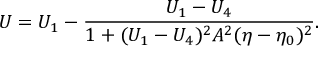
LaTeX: U = U _ { 1 } - \frac { U _ { 1 } - U _ { 4 } } { 1 + ( U _ { 1 } - U _ { 4 } ) ^ { 2 } A ^ { 2 } ( \eta - \eta _ { 0 } ) ^ { 2 } } .